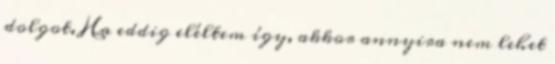
dolgot. Ha eddig eléltem így, akkor annyira nem lehet